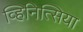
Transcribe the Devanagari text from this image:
व्हिनित्सिया